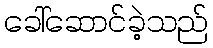
ခေါ်ဆောင်ခဲ့သည်